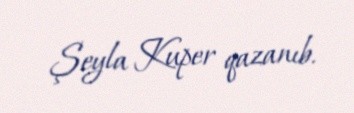
Şeyla Kuper qazanıb.